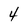
Character: 4